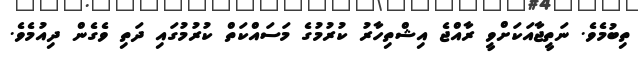
ތިބުމެވެ. ނަތީޖާއަކަށްވީ ރާއްޖެ އިޝްތިހާރު ކުރުމުގެ މަސައްކަތް ކުރުމުގައި ދަތި ވެގެން ދިއުމެވެ.